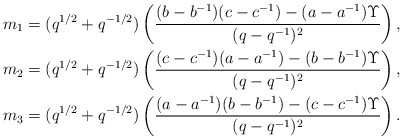
\begin{align*}\begin{aligned} m_1&=(q^{1/2}+q^{-1/2})\left(\frac{(b-b^{-1})(c-c^{-1})-(a-a^{-1})\Upsilon}{(q-q^{-1})^2}\right), \\ m_2&=(q^{1/2}+q^{-1/2})\left(\frac{(c-c^{-1})(a-a^{-1})-(b-b^{-1})\Upsilon}{(q-q^{-1})^2}\right), \\ m_3&=(q^{1/2}+q^{-1/2})\left(\frac{(a-a^{-1})(b-b^{-1})-(c-c^{-1})\Upsilon}{(q-q^{-1})^2}\right). \end{aligned}\end{align*}